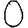
Digit: 0